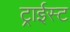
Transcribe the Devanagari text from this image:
ट्राईस्ट